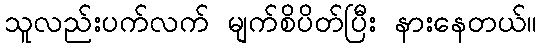
သူလည်းပက်လက် မျက်စိပိတ်ပြီး နားနေတယ်။